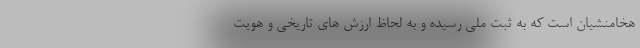
هخامنشیان است که به ثبت ملی رسیده و به‌ لحاظ ارزش ‌های تاریخی و هویت